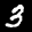
Label: 3